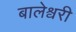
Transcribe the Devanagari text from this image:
बालेश्वरी